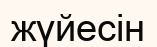
жүйесін